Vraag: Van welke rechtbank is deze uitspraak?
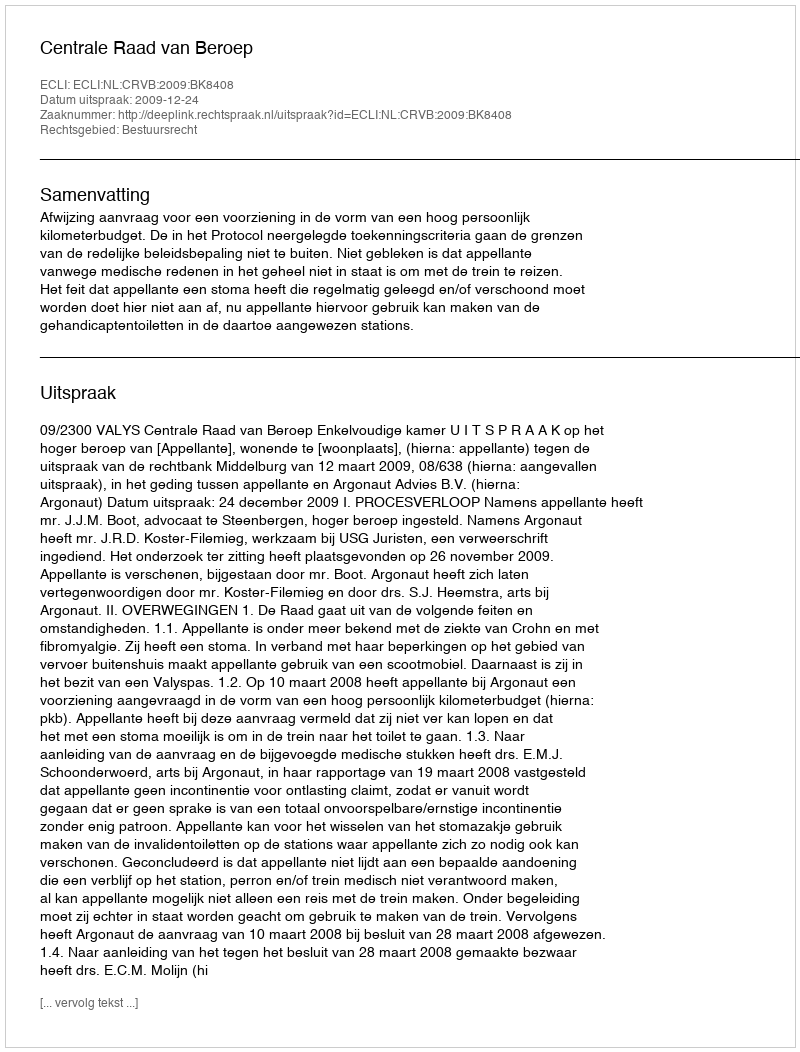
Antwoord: Centrale Raad van Beroep